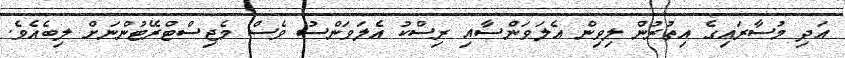
އަދި މުސާރައިގެ އިތުރުން ލިވިން އެލަވަންސާއި ރިސްކު އެލަވަންސު ވެސް މެޖިސްޓްރޭޓުންނަށް ލިބެއެވެ.